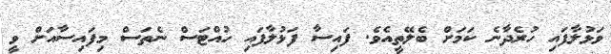
ވަޅުލާފައި ހުރެދާނެ ކަމަށް ބެލޭތީއެވެ. ފައިސާ ފަޅުލާފައި ހުއްޓަސް ނެތަސް މިފައިސާއަށް ވީ